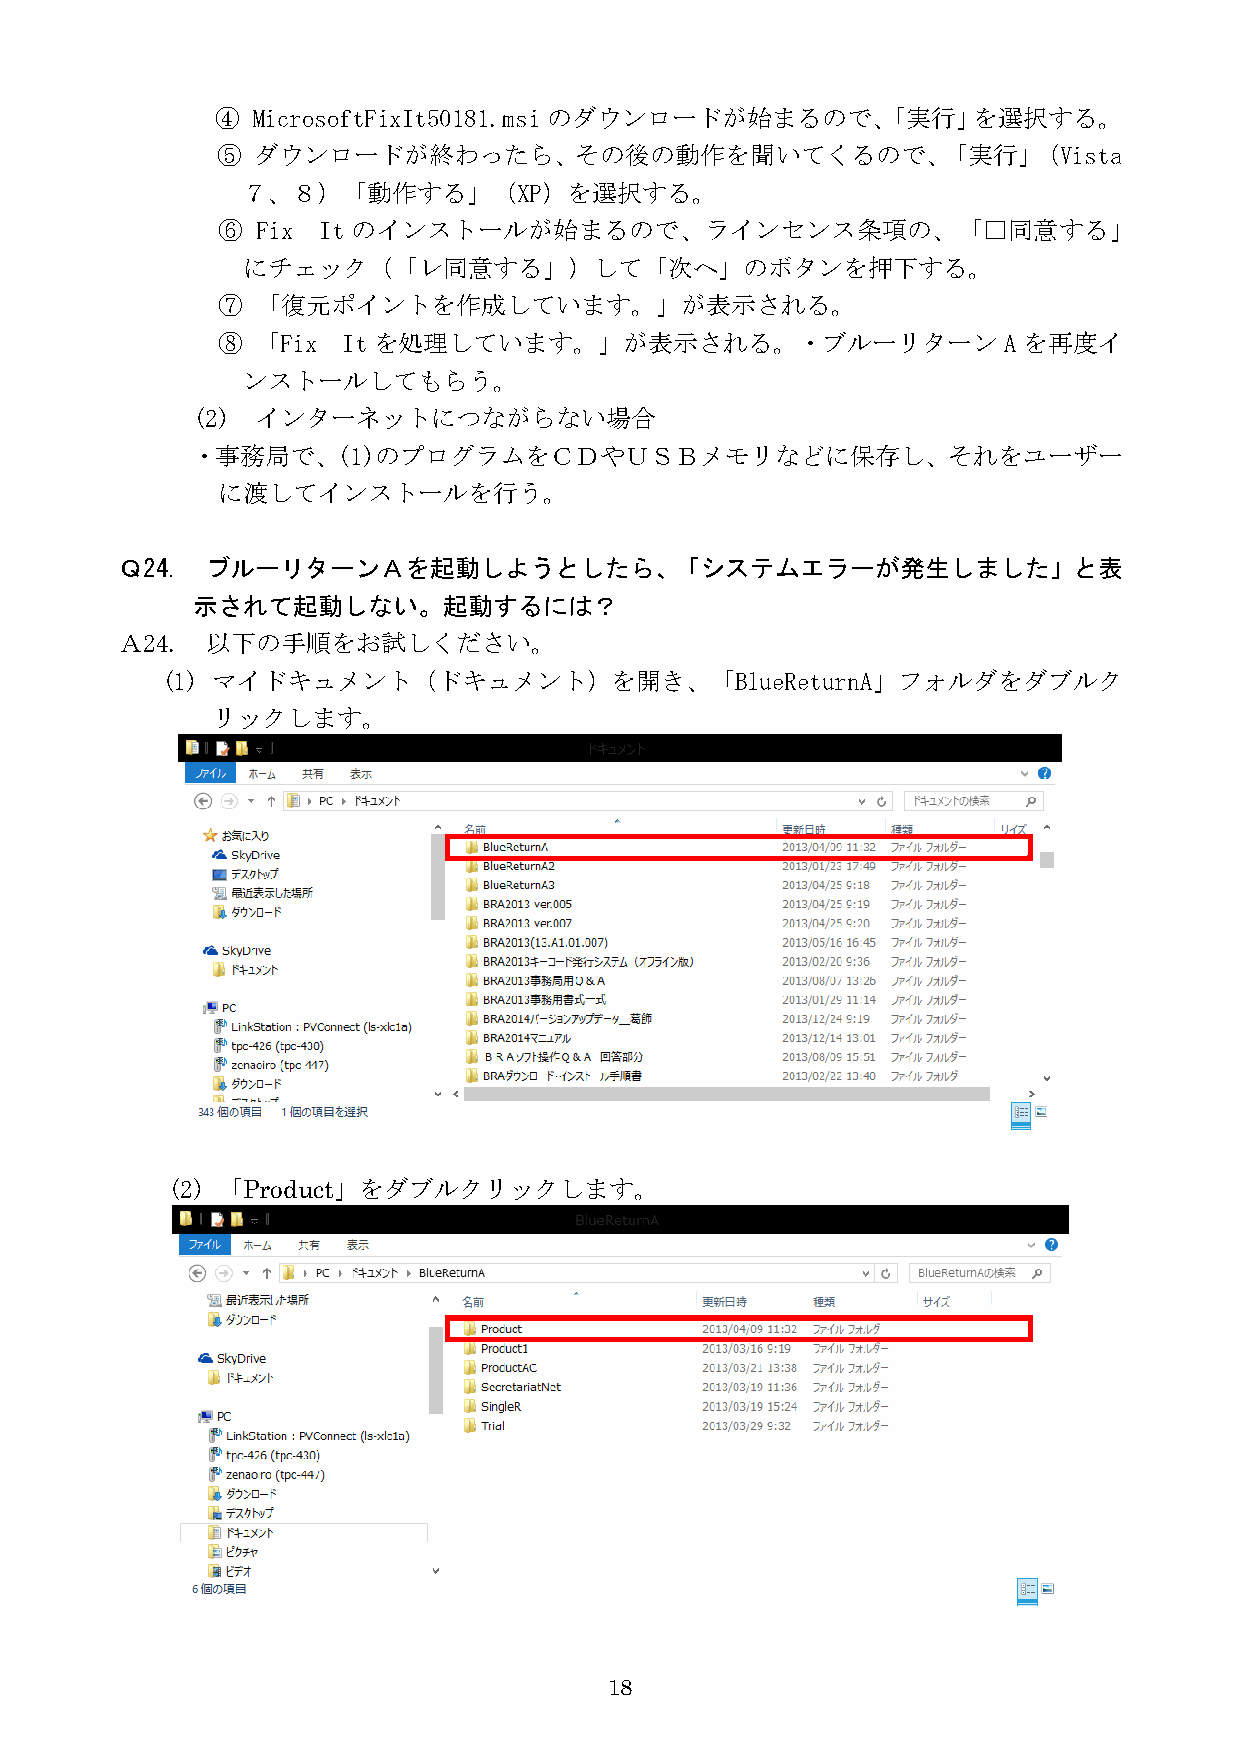
④  MicrosoftFixIt50181.msi のダウンロードが始まるので、「実行」を選択する。
 ⑤  ダウンロードが終わったら、その後の動作を聞いてくるので、「実行」（Vista
 ７、８）「動作する」（XP）を選択する。
 ⑥  Fix It のインストールが始まるので、ラインセンス条項の、「□同意する」
 にチェック（「レ同意する」）して「次へ」のボタンを押下する。
 ⑦  「復元ポイントを作成しています。」が表示される。
 ⑧  「Fix  Itを処理しています。」が表示される。・ブルーリターン                Aを再度イ
 ンストールしてもらう。
 (2) インターネットにつながらない場合
 ・事務局で、(1)のプログラムをＣＤやＵＳＢメモリなどに保存し、それをユーザー
 に渡してインストールを行う。
 Ｑ24.  ブルーリターンＡを起動しようとしたら、「システムエラーが発生しました」と表
 示されて起動しない。起動するには？
 Ａ24.  以下の手順をお試しください。
 (1) マイドキュメント（ドキュメント）を開き、「BlueReturnA」フォルダをダブルク
 リックします。
 (2) 「Product」をダブルクリックします。
 18